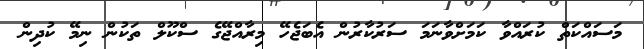
މަސައްކަތް ކުރައްވާ ކަމަށްވާނަމަ ސަރުކާރުން އެބަޖެހޭ މިރާއްޖޭގެ ސްކޫލް ތަކުން ނިމޭ ކުދިން